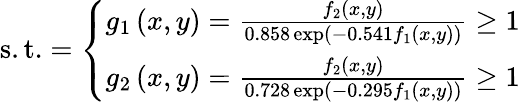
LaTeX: {\mathrm{s.t.}}={\left\{ \begin{array}{ll}{g_{1}\left(x,y\right)={\frac{f_{2}\left(x,y\right)}{0.858\exp\left(-0.541f_{1}\left(x,y\right)\right)}}\geq 1}\\ {g_{2}\left(x,y\right)={\frac{f_{2}\left(x,y\right)}{0.728\exp\left(-0.295f_{1}\left(x,y\right)\right)}}\geq 1}\end{array}\right.}